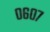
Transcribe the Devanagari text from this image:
०६०७